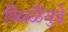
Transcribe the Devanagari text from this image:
पिळ्ळैयुडे